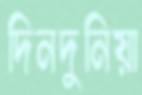
দিনদুনিয়া